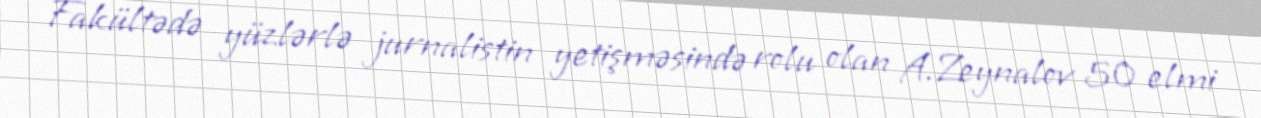
Fakültədə yüzlərlə jurnalistin yetişməsində rolu olan A.Zeynalov 50 elmi